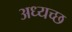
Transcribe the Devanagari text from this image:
अध्यच्छ